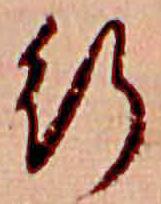
行